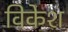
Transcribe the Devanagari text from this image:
विकेश